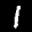
Label: 1